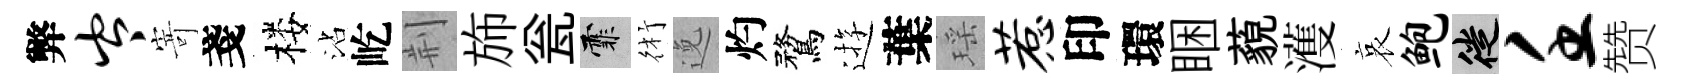
弊岑𭔃戔楼沾屹荆斾瓮霏術𨓜灼鶩逰葉瑶惹印環睏藐濩哀鲍徙壬赞